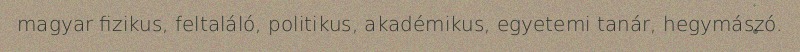
magyar fizikus, feltaláló, politikus, akadémikus, egyetemi tanár, hegymászó.